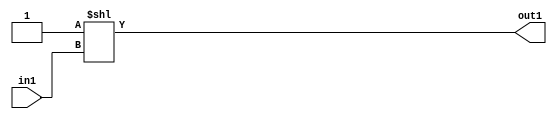
`timescale 1ps / 1ps
/*****************************************************************************
    Verilog RTL Description
    
    
    Created by: Stratus DpOpt 2019.1.01 
*******************************************************************************/

module ImageGradient_DECODE_16U_3_4 (
	in1,
	out1
	); /* architecture "behavioural" */ 
input [3:0] in1;
output [15:0] out1;
wire [15:0] asc001;

assign asc001 = 16'B0000000000000001 << in1;

assign out1 = asc001;
endmodule

/* CADENCE  urnzQgA= : u9/ySgnWtBlWxVPRXgAZ4Og= ** DO NOT EDIT THIS LINE ******/